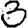
Digit: 3